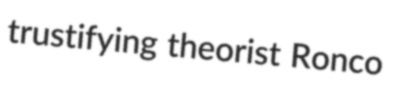
trustifying theorist Ronco